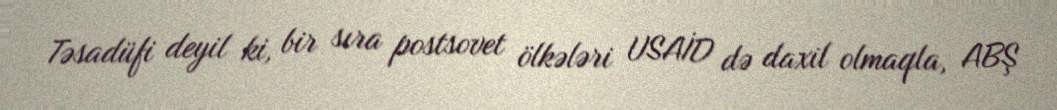
Təsadüfi deyil ki, bir sıra postsovet ölkələri USAİD də daxil olmaqla, ABŞ